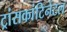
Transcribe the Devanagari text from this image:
ट्रांसकांटिनेंटल